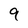
Character: 9